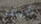
كيف